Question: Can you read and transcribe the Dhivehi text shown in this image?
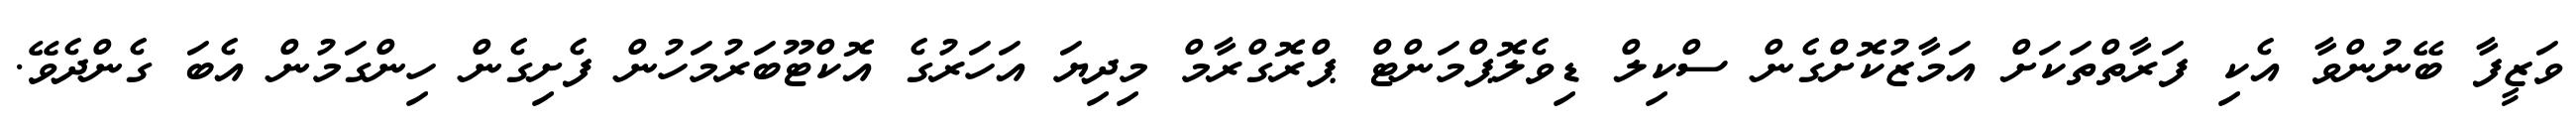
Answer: ވަޒީފާ ބޭނުންވާ އެކި ފަރާތްތަކަށް އަމާޒުކޮށްގެން ސްކިލް ޑިވެލޮޕްމަންޓް ޕްރޮގްރާމް މިދިޔަ އަހަރުގެ އޮކްޓޫބަރުމަހުން ފެށިގެން ހިންގަމުން އެބަ ގެންދެވޭ.